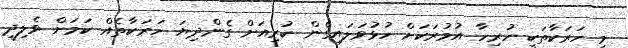
މި ހަރަކާތަކީ ހުރިހާ އުމުރަކަށް ހުޅުވަލައިގެން ކުރިއަށް ގެންދިޔަ ހަރަކާތެއް ކަމަށް ވެލިދީ